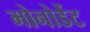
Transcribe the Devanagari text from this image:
मोनोडेंट